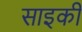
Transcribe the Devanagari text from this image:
साइकी